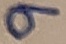
Text: 9